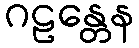
ဂဠန္တေန